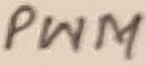
Text: PWM